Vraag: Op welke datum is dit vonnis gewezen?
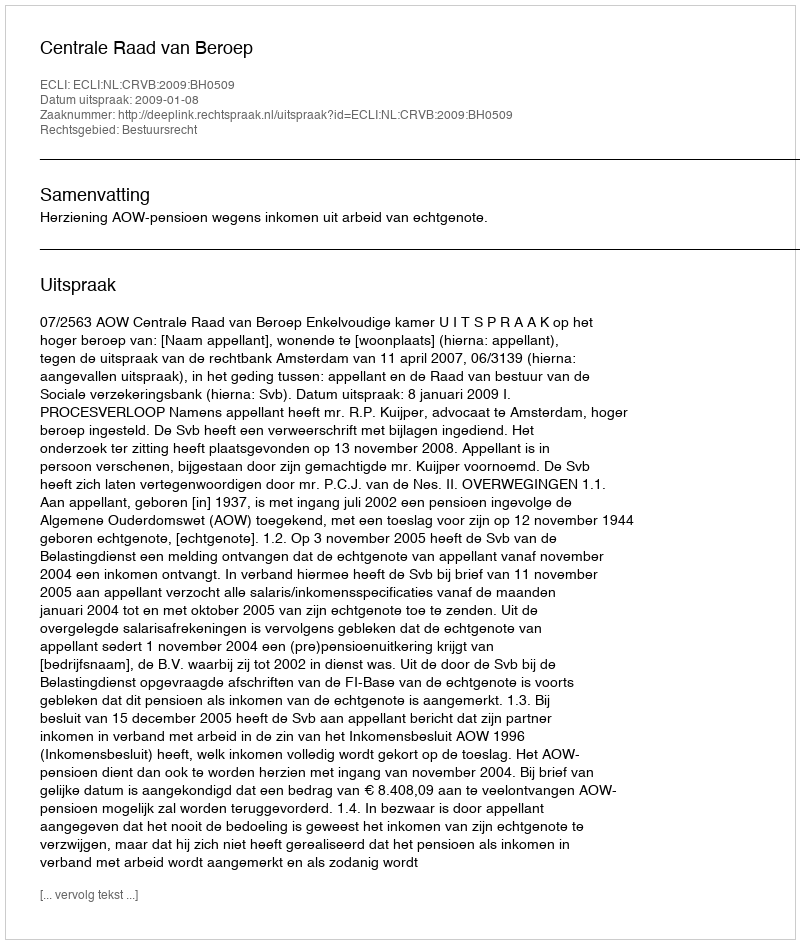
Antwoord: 2009-01-08